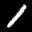
Digit: 1